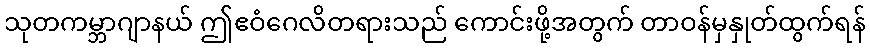
သုတကမ္ဘာဂျာနယ် ဤဧဝံဂေလိတရားသည် ကောင်းဖို့အတွက် တာဝန်မှနှုတ်ထွက်ရန်